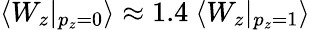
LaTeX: \langle W_{z}|_{p_{z}{=}0}\rangle\approx 1.4~\langle W_{z}|_{p_{z}{=}1}\rangle